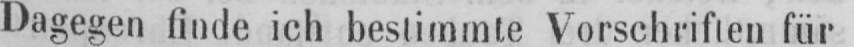
Dagegen finde ich bestimmte Vorschriften für